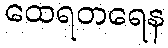
ထေရတရေန